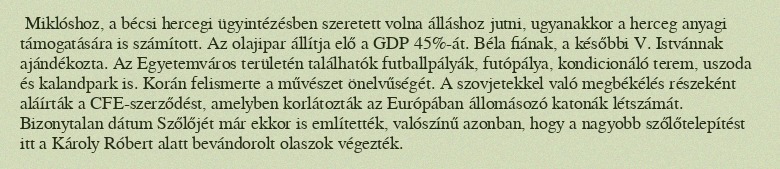
Miklóshoz, a bécsi hercegi ügyintézésben szeretett volna álláshoz jutni, ugyanakkor a herceg anyagi támogatására is számított. Az olajipar állítja elő a GDP 45%-át. Béla fiának, a későbbi V. Istvánnak ajándékozta. Az Egyetemváros területén találhatók futballpályák, futópálya, kondicionáló terem, uszoda és kalandpark is. Korán felismerte a művészet önelvűségét. A szovjetekkel való megbékélés részeként aláírták a CFE-szerződést, amelyben korlátozták az Európában állomásozó katonák létszámát. Bizonytalan dátum Szőlőjét már ekkor is említették, valószínű azonban, hogy a nagyobb szőlőtelepítést itt a Károly Róbert alatt bevándorolt olaszok végezték.